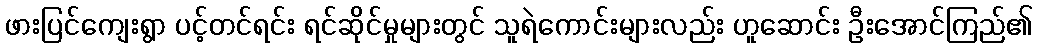
ဖားပြင်ကျေးရွာ ပင့်တင်ရင်း ရင်ဆိုင်မှုများတွင် သူရဲကောင်းများလည်း ဟူဆောင်း ဦးအောင်ကြည်၏